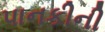
પાનકીની